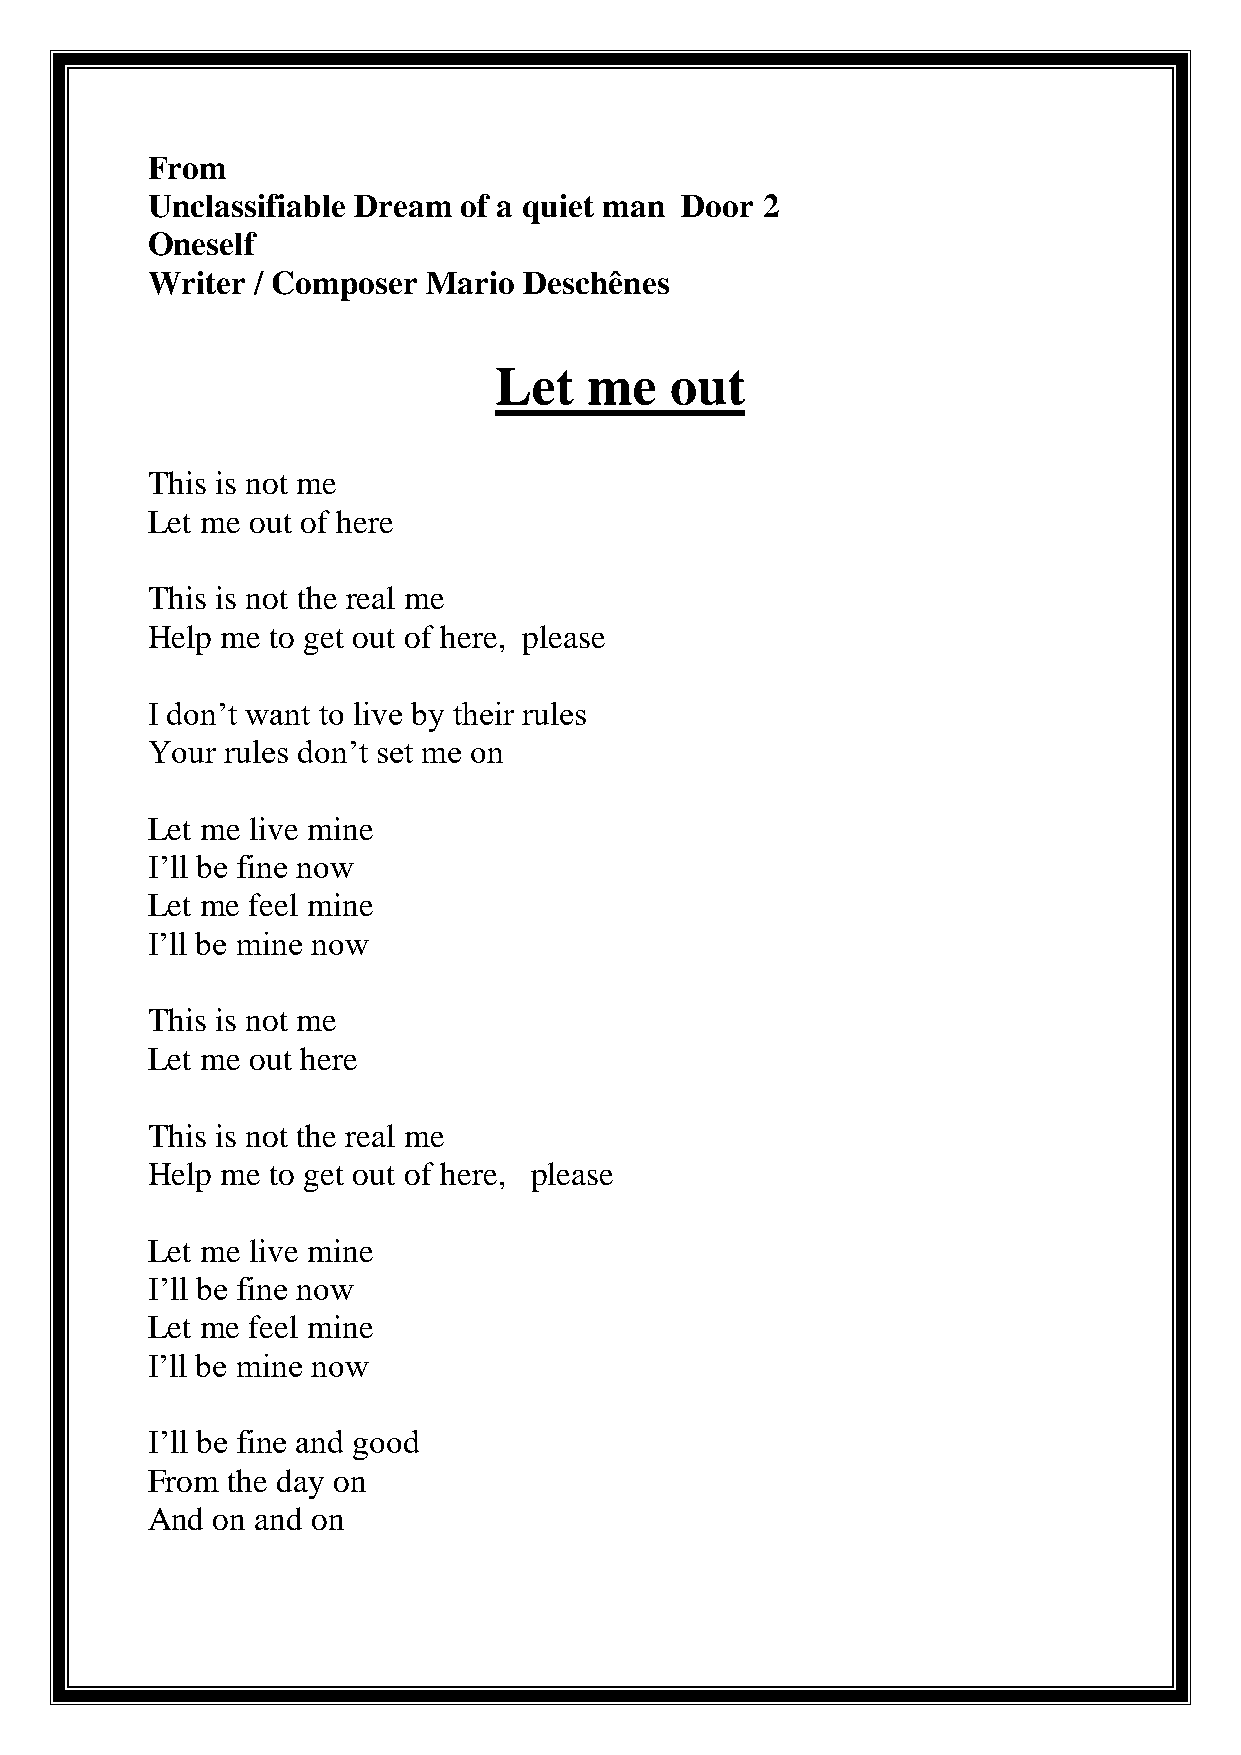
From
 Unclassifiable Dream of a quiet man Door 2
 Oneself
 Writer / Composer Mario  Deschênes
 Let   me   out
 This is not me
 Let me out of here
 This is not the real me
 Help me to get out of here, please
 I don’t want to live by their rules
 Your rules don’t set me on
 Let me live mine
 I’ll be fine now
 Let me feel mine
 I’ll be mine now
 This is not me
 Let me out here
 This is not the real me
 Help me to get out of here, please
 Let me live mine
 I’ll be fine now
 Let me feel mine
 I’ll be mine now
 I’ll be fine and good
 From the day on
 And on and on